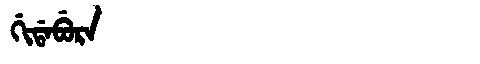
Manchu: ᡤᡳᡩᠠᠪᡠᡵᠠ
Romanization: GIDABURA